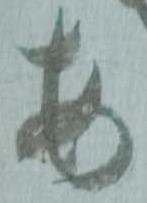
あ